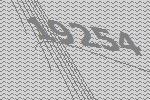
19254